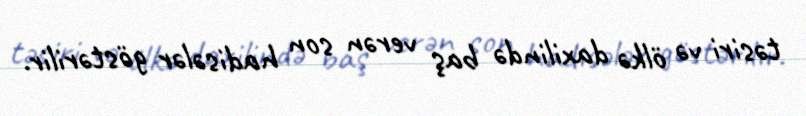
təsiri və ölkə daxilində baş verən son hadisələr göstərilir.